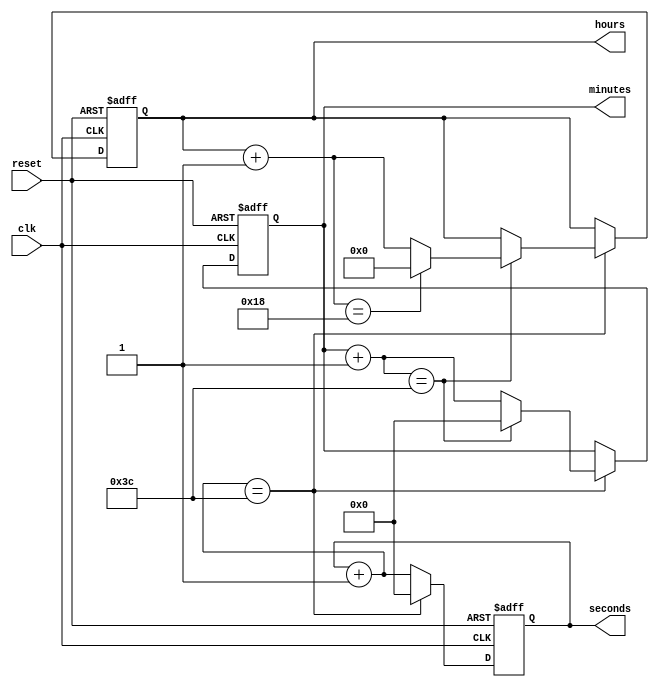
`timescale 1ns / 1ps
//////////////////////////////////////////////////////////////////////////////////
// Company: 
// Engineer: 
// 
// Design Name: 
// Module Name:    digital_clock 
// Project Name: 
// Target Devices: 
// Tool versions: 
// Description: 
//
// Dependencies: 
//
// Revision: 
// Revision 0.01 - File Created
// Additional Comments: 
//
//////////////////////////////////////////////////////////////////////////////////
module Digital_Clock(
    clk,  //Clock with 1 Hz frequency
    reset,     //active high reset
    seconds,
    minutes,
    hours);

//What are the Inputs?
    input clk;  
    input reset;
//What are the Outputs? 
    output [5:0] seconds;
    output [5:0] minutes;
    output [4:0] hours;
//Internal variables.
    reg [5:0] seconds;
    reg [5:0] minutes;
    reg [4:0] hours;
	 //reg clk_div;
  //Execute the always blocks when the Clock or reset inputs are changing from 0 to 1(positive edge of the signal)
    always @(negedge(clk) or posedge(reset))
    begin
        if(reset == 1'b1) 
				begin  //check for active high reset.
            //reset the time.
            seconds = 0;
            minutes = 0;
            hours = 0;  
				end
        else if(clk == 1'b0) 
				begin  //at the beginning of each second
            seconds = seconds + 6'b1; //increment sec
            if(seconds == 60) 
					 begin //check for max value of sec
                seconds = 0;  //reset seconds
                minutes = minutes + 6'b1; //increment minutes
					 if(minutes == 60) 
						  begin //check for max value of min
                    minutes = 0;  //reset minutes
                    hours = hours + 5'b1;  //increment hours
                   if(hours ==  24) 
								begin  //check for max value of hours
                        hours = 0; //reset hours
                        end 
                    end
                 end     
            end
      end		
	/*	always @(posedge (Clk))
		begin
		if(seconds == 6'b111111)
			clk_div =1;
		else
			clk_div =0;
		end*/
endmodule